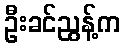
ဦးခင်ညွန့်က